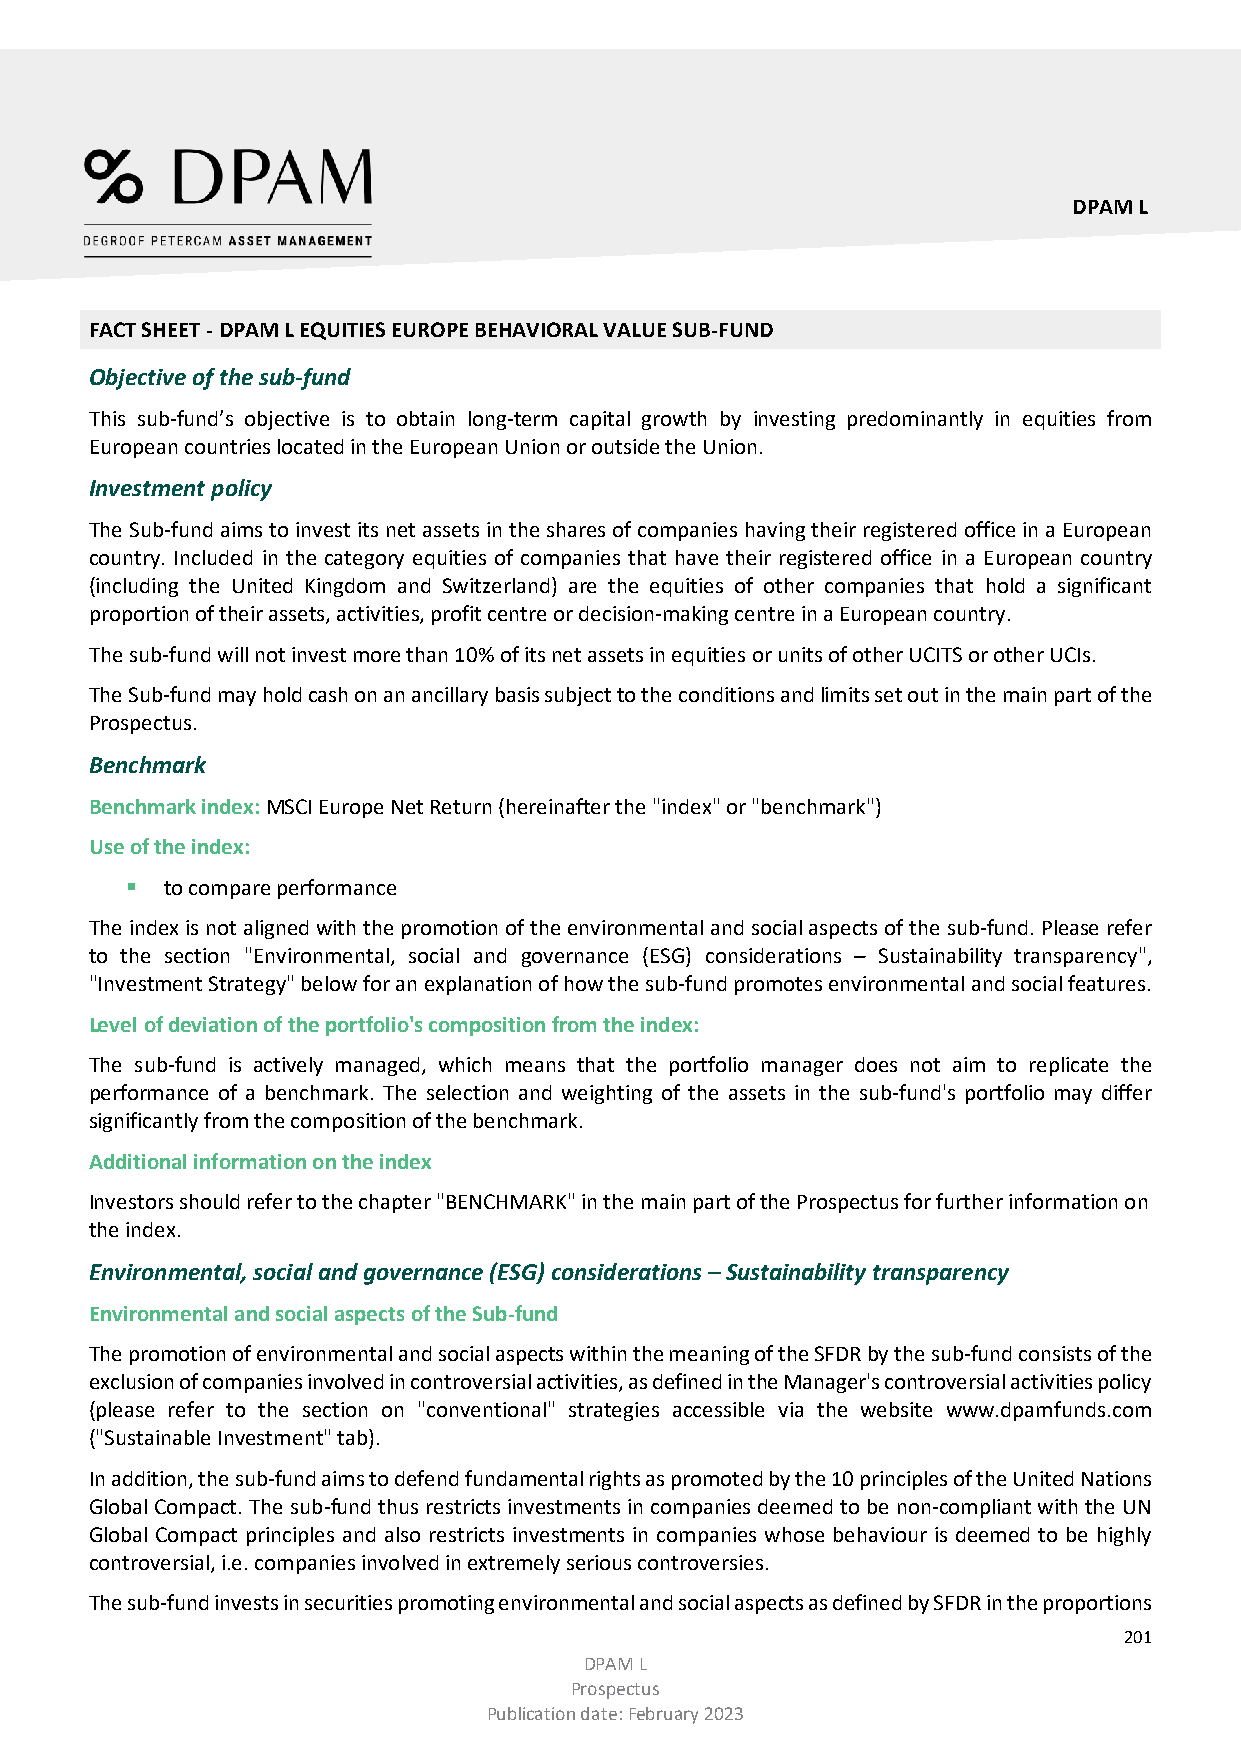
DPAM L
 FACT SHEET - DPAM L EQUITIES EUROPE BEHAVIORAL VALUE SUB-FUND
 Objective of the sub-fund
 This sub-fund’s objective is to obtain long-term capital growth by investing predominantly in equities from
 European countries located in the European Union or outside the Union.
 Investment policy
 The Sub-fund aims to invest its net assets in the shares of companies having their registered office in a European
 country. Included in the category equities of companies that have their registered office in a European country
 (including the United Kingdom and Switzerland) are the equities of other companies that hold a significant
 proportion of their assets, activities, profit centre or decision-making centre in a European country.
 The sub-fund will not invest more than 10% of its net assets in equities or units of other UCITS or other UCIs.
 The Sub-fund may hold cash on an ancillary basis subject to the conditions and limits set out in the main part of the
 Prospectus.
 Benchmark
 Benchmark index: MSCI Europe Net Return (hereinafter the "index" or "benchmark")
 Use of the index:
   to compare performance
 The index is not aligned with the promotion of the environmental and social aspects of the sub-fund. Please refer
 to the section "Environmental, social and governance (ESG) considerations – Sustainability transparency",
 "Investment Strategy" below for an explanation of how the sub-fund promotes environmental and social features.
 Level of deviation of the portfolio's composition from the index:
 The sub-fund is actively managed, which means that the portfolio manager does not aim to replicate the
 performance of a benchmark. The selection and weighting of the assets in the sub-fund's portfolio may differ
 significantly from the composition of the benchmark.
 Additional information on the index
 Investors should refer to the chapter "BENCHMARK" in the main part of the Prospectus for further information on
 the index.
 Environmental, social and governance (ESG) considerations – Sustainability transparency
 Environmental and social aspects of the Sub-fund
 The promotion of environmental and social aspects within the meaning of the SFDR by the sub-fund consists of the
 exclusion of companies involved in controversial activities, as defined in the Manager's controversial activities policy
 (please refer to the section on "conventional" strategies accessible via the website www.dpamfunds.com
 ("Sustainable Investment" tab).
 In addition, the sub-fund aims to defend fundamental rights as promoted by the 10 principles of the United Nations
 Global Compact. The sub-fund thus restricts investments in companies deemed to be non-compliant with the UN
 Global Compact principles and also restricts investments in companies whose behaviour is deemed to be highly
 controversial, i.e. companies involved in extremely serious controversies.
 The sub-fund invests in securities promoting environmental and social aspects as defined by SFDR in the proportions
 201
 DPAM L
 Prospectus
 Publication date: February 2023